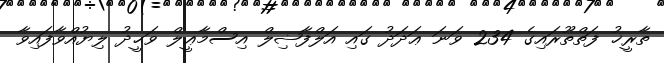
ތާރީޚު ފަތްތޫރައިގެ 234 ވަނަ ޢަދަދު ގައި އަލްފާޟިލް އިސްމާޢީލް ވަޙީދު ލިޔުއްވާފައިވާ